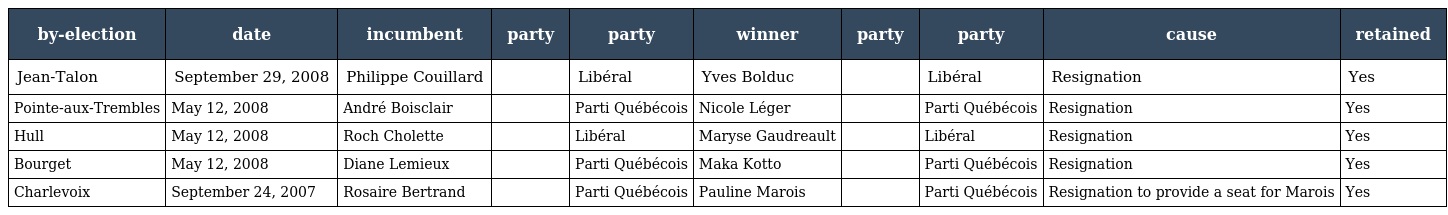
| by-election | date | incumbent | party | party | winner | party | party | cause | retained |
 | --- | --- | --- | --- | --- | --- | --- | --- | --- | --- |
 | Jean-Talon | September 29, 2008 | Philippe Couillard |  | Libéral | Yves Bolduc |  | Libéral | Resignation | Yes |
 | Pointe-aux-Trembles | May 12, 2008 | André Boisclair |  | Parti Québécois | Nicole Léger |  | Parti Québécois | Resignation | Yes |
 | Hull | May 12, 2008 | Roch Cholette |  | Libéral | Maryse Gaudreault |  | Libéral | Resignation | Yes |
 | Bourget | May 12, 2008 | Diane Lemieux |  | Parti Québécois | Maka Kotto |  | Parti Québécois | Resignation | Yes |
 | Charlevoix | September 24, 2007 | Rosaire Bertrand |  | Parti Québécois | Pauline Marois |  | Parti Québécois | Resignation to provide a seat for Marois | Yes |